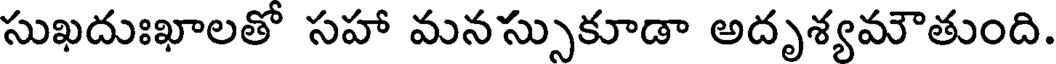
సుఖదుఃఖాలతో సహా మనస్సుకూడా అదృశ్యమౌతుంది.